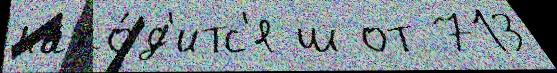
нахо́д'итс'я ш от 713